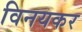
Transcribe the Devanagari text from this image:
विनयकर